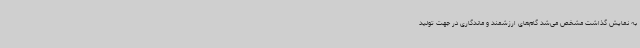
به نمایش گذاشت مشخص می‌شد گام‌های ارزشمند و ماندگاری در جهت تولید